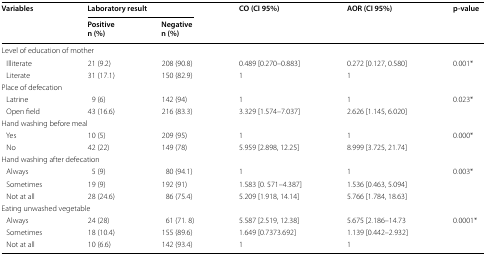
<table><thead><tr><td rowspan="2"><b>Variables</b></td><td colspan="2"><b>Laboratory result</b></td><td rowspan="2"><b>CO (CI 95%)</b></td><td rowspan="2"><b>AOR (CI 95%)</b></td><td rowspan="2"><b>p-value</b></td></tr><tr><td><b>Positiven (%)</b></td><td><b>Negativen (%)</b></td></tr></thead><tbody><tr><td colspan="6">Level of education of mother</td></tr><tr><td> Illiterate</td><td>21 (9.2)</td><td>208 (90.8)</td><td>0.489 [0.270–0.883]</td><td>0.272 [0.127, 0.580]</td><td rowspan="2">0.001*</td></tr><tr><td> Literate</td><td>31 (17.1)</td><td>150 (82.9)</td><td>1</td><td>1</td></tr><tr><td colspan="6">Place of defecation</td></tr><tr><td> Latrine</td><td>9 (6)</td><td>142 (94)</td><td>1</td><td>1</td><td rowspan="2">0.023*</td></tr><tr><td> Open field</td><td>43 (16.6)</td><td>216 (83.3)</td><td>3.329 [1.574–7.037]</td><td>2.626 [1.145, 6.020]</td></tr><tr><td colspan="6">Hand washing before meal</td></tr><tr><td> Yes</td><td>10 (5)</td><td>209 (95)</td><td>1</td><td>1</td><td rowspan="2">0.000*</td></tr><tr><td> No</td><td>42 (22)</td><td>149 (78)</td><td>5.959 [2.898, 12.25]</td><td>8.999 [3.725, 21.74]</td></tr><tr><td colspan="6">Hand washing after defecation</td></tr><tr><td> Always</td><td>5 (9)</td><td>80 (94.1)</td><td>1</td><td>1</td><td rowspan="3">0.003*</td></tr><tr><td> Sometimes</td><td>19 (9)</td><td>192 (91)</td><td>1.583 [0. 571–4.387]</td><td>1.536 [0.463, 5.094]</td></tr><tr><td> Not at all</td><td>28 (24.6)</td><td>86 (75.4)</td><td>5.209 [1.918, 14.14]</td><td>5.766 [1.784, 18.63]</td></tr><tr><td colspan="6">Eating unwashed vegetable</td></tr><tr><td> Always</td><td>24 (28)</td><td>61 (71. 8)</td><td>5.587 [2.519, 12.38]</td><td>5.675 [2.186–14.73</td><td>0.0001*</td></tr><tr><td> Sometimes</td><td>18 (10.4)</td><td>155 (89.6)</td><td>1.649 [0.7373.692]</td><td>1.139 [0.442–2.932]</td><td></td></tr><tr><td> Not at all</td><td>10 (6.6)</td><td>142 (93.4)</td><td>1</td><td>1</td><td></td></tr></tbody></table>